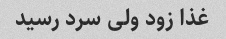
غذا زود ولی سرد رسید